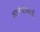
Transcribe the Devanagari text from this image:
आनंदीबाईं